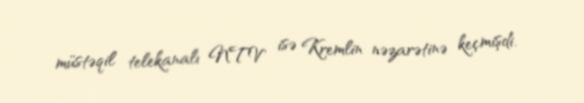
müstəqil telekanalı NTV isə Kremlin nəzarətinə keçmişdi.